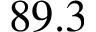
8 9 . 3